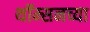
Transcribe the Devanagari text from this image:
थॉम्सनच्या